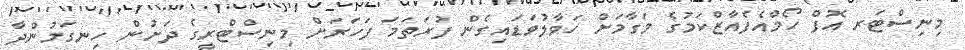
މިނިސްޓަރ އޮފް ހޯމްއެފެއާޒްކަމުގެ މަގާމަށް ހަވާލުވަޑައިގެން ފުރަތަމަ ފަހަރަށް މިނިސްޓްރީގެ ދަށުން ހިނގަމުންދާ